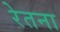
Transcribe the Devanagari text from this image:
रेतना